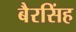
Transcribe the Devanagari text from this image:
बैरसिंह